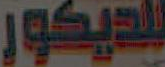
للديكور